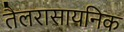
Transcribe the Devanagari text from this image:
तैलरासायनिक